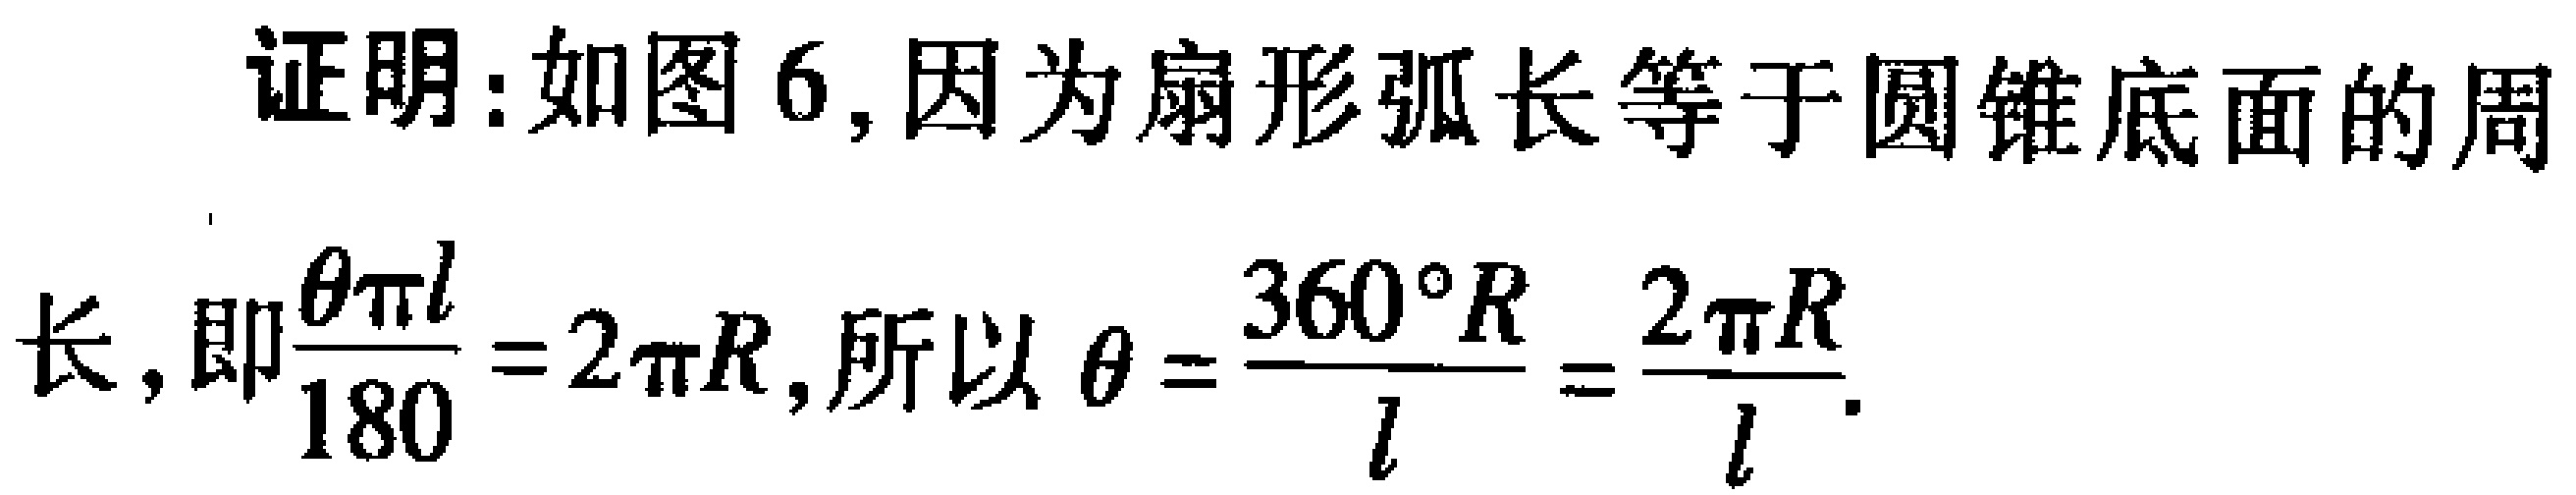
证明：如图6,因为扇形弧长等于圆锥底面的周
长, 即$\frac{\theta \pi l}{180}=2\pi R$, 所以$\theta=\frac{360^{\circ}R}{l}=\frac{2\pi R}{l}$.